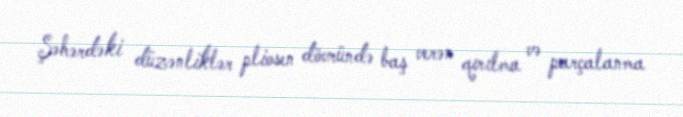
Şəhərdəki düzənliklər pliosen dövründə baş verən qırılma və parçalanma